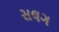
સલગ